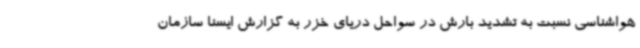
هواشناسی نسبت به تشدید بارش در سواحل دریای خزر به گزارش ایسنا سازمان